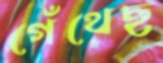
গেঁথেছ